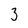
Character: 3